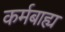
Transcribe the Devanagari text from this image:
कर्मबाह्य